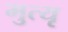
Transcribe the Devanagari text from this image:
मुत्यृ